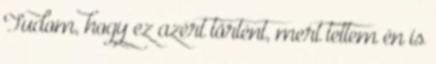
Tudom, hogy ez azért történt, mert tettem én is